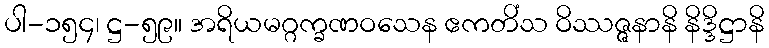
ပါ-၁၅၄၊ ဋ္ဌ-၅၉။ အရိယမဂ္ဂက္ခဏဝသေန ဧကတိံသ ဝိဿဇ္ဇနာနိ နိဒ္ဒိဋ္ဌာနိ